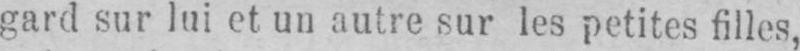
gard sur lui et un autre sur les petites filles,